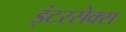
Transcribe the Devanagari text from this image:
इंटरसेक्स